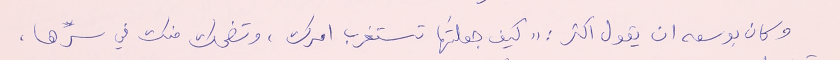
وكان بوسعه ان يقول اكثر : "كيف جعلتَها تستغرب امرك، وتضحك منك في سرِّها،